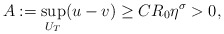
\begin{align*}A:=\sup_{U_{T}} (u-v)\geq CR_{0}\eta^{\sigma}>0,\end{align*}